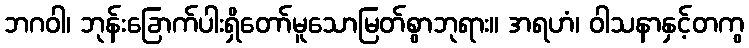
ဘဂဝါ၊ ဘုန်းခြောက်ပါးရှိတော်မူသောမြတ်စွာဘုရား။ အရဟံ၊ ဝါသနာနှင့်တကွ